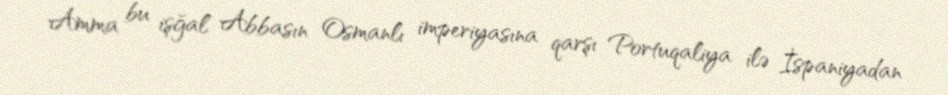
Amma bu işğal Abbasın Osmanlı imperiyasına qarşı Portuqaliya ilə İspaniyadan